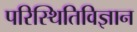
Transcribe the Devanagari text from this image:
परिस्थितिविज्ञान